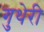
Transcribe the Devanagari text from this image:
गुथेरी